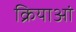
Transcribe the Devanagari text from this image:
क्रियाआं